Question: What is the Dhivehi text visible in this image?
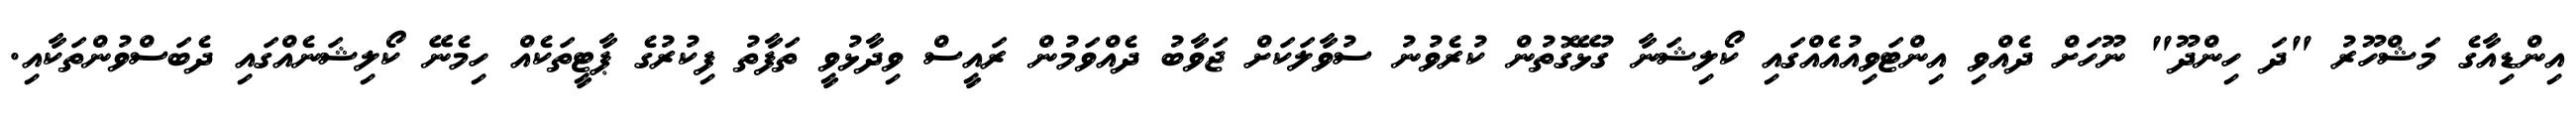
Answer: އިންޑިއާގެ މަޝްހޫރު "ދަ ހިންދޫ" ނޫހަށް ދެއްވި އިންޓަވިއުއެއްގައި ކޯލިޝަނާ ގުޅޭގޮތުން ކުރެވުނު ސުވާލަކަށް ޖަވާބު ދެއްވަމުން ރައީސް ވިދާޅުވީ ތަފާތު ފިކުރުގެ ޕާޓީތަކެއް ހިމެނޭ ކޯލިޝަނެއްގައި ދެބަސްވުންތަކާއި.